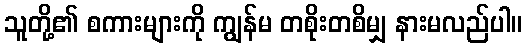
သူတို့၏ စကားများကို ကျွန်မ တစိုးတစိမျှ နားမလည်ပါ။